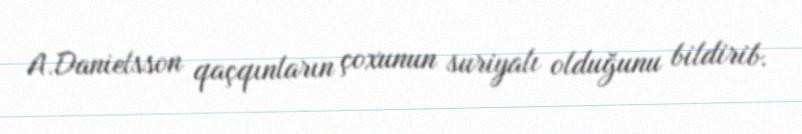
A.Danielsson qaçqınların çoxunun suriyalı olduğunu bildirib.